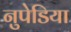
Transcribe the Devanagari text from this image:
नुपेडिया